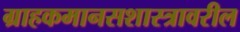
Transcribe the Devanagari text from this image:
ग्राहकमानसशास्त्रावरील